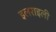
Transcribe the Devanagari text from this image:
इलराइली